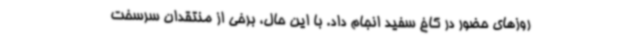
روزهای حضور در کاخ سفید انجام داد. با این حال، برخی از منتقدان سرسخت